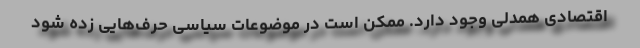
اقتصادی همدلی وجود دارد. ممکن است در موضوعات سیاسی حرف‌هایی زده شود